Civil Veterinary Dept. Bombay admin report 1923-31 - 1923-1931
Year: 1923
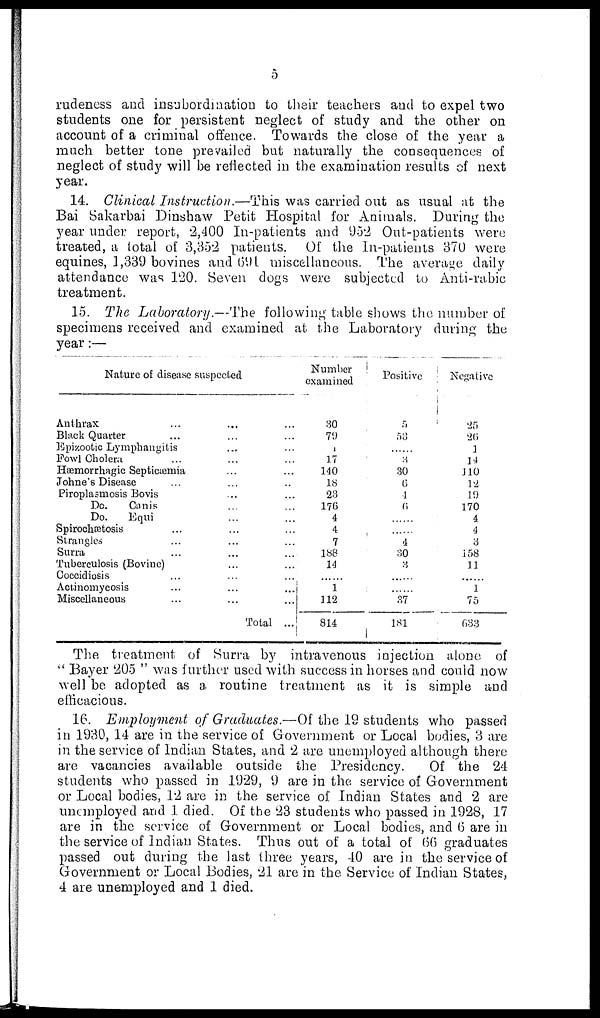
5
rudeness and insubordination to their teachers and to expel two
students one for persistent neglect of study and the other on
account of a criminal offence. Towards the close of the year a
much better tone prevailed but naturally the consequences of
neglect of study will be reflected in the examination results of next
year.
14. Clinical Instruction.—This was carried out as usual at the
Bai Sakarbai Dinshaw Petit Hospital for Animals. During the
year under report, 2,400 In-patients and 952 Out-patients were
treated, a total of 3,352 patients. Of the In-patients 370 were
equines, 1,339 bovines and (691 miscellaneous. The average daily
attendance was 120. Seven dogs were subjected to Anti-rabic
treatment.
15. The Laboratory.—The following table shows the number of
specimens received and examined at the Laboratory during the
year:—
Nature of disease suspected
Anthrax ... ... ...
Black Quarter ... ... ...
Epizootic Lymphangitis ... ...
Fowl Cholera ... ... ...
Hæmorrhagic Septicæmia ... ...
Johne's Disease ... ... ...
Piroplasmosis Bovis ... ...
Do.
Canis ... ...
Do.
Equi ... ...
Spirochætosis ... ... ...
Strangles ... ... ...
Surra ... ... ...
Tuberculosis (Bovine) ... ...
Coccidiosis ... ... ...
Actinomycosis ... ... ...
Miscellaneous ... ... ...
Total ...
Number
examined
30
79
1
17
140
18
23
176
4
4
7
188
14
......
1
112
814
Positive
5
53
...
3
30
6
4
6
......
......
4
30
3
......
......
37
181
Negative
25
26
1
14
110
12
19
170
4
4
3
158
11
......
1
75
633
The treatment of Surra by intravenous injection alone of
"Bayer 205" was further used with success in horses and could now
well be adopted as a routine treatment as it is simple and
efficacious.
16. Employment of Graduates.—Of the 19 students who passed
in 1930, 14 are in the service of Government or Local bodies, 3 are
in the service of Indian States, and 2 are unemployed although there
are vacancies available outside the Presidency.
Of the 24
students who passed in 1929, 9 are in the service of Government
or Local bodies, 12 are in the service of Indian States and 2 are
unemployed and 1 died. Of the 23 students who passed in 1928, 17
are in the service of Government or Local bodies, and 6 are in
the service of Indian States. Thus out of a total of 66 graduates
passed out during the last three years, 40 are in the service of
Government or Local Bodies, 21 are in the Service of Indian States,
4 are unemployed and 1 died.